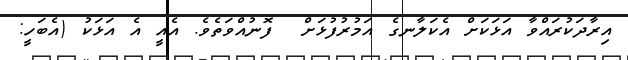
އިރާދަކުރައްވާ އަޅަކަށް އެކަލާނގެ އަމުރުފުޅަށް  ފޮނުއްވަތެވެ. އެއީ އެ އަޅަކު (އެބަހީ: